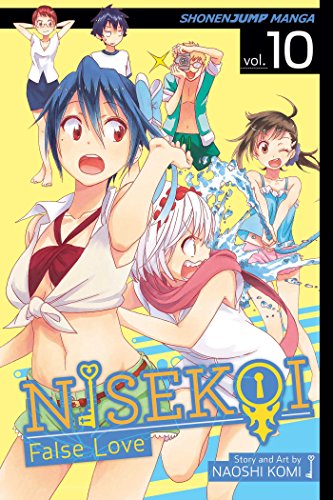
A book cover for Nisekoi: False Love, Vol. 10; Naoshi Komi; Comics & Graphic Novels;